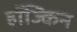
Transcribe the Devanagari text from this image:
हॉज्किन